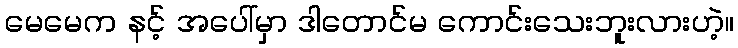
မေမေက နင့် အပေါ်မှာ ဒါတောင်မ ကောင်းသေးဘူးလားဟဲ့။